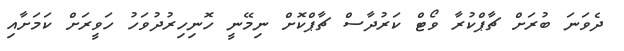
ދެވަނަ ބުރަށް ޗާޕްކުރާ ވޯޓް ކަރުދާސް ޗާޕްކޮށް ނިމޭނީ ހޮނިހިރުދުވަހު ހަވީރަށް ކަމަށާއި